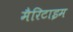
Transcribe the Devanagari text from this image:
मैरिटाइम